Bréfritari: Jón Jónsson
Viðtakandi: Jón Borgfirðings Jónsson
Dagsetning: A-1870-01-23
Skrifað á: Geldingaá  Borg.

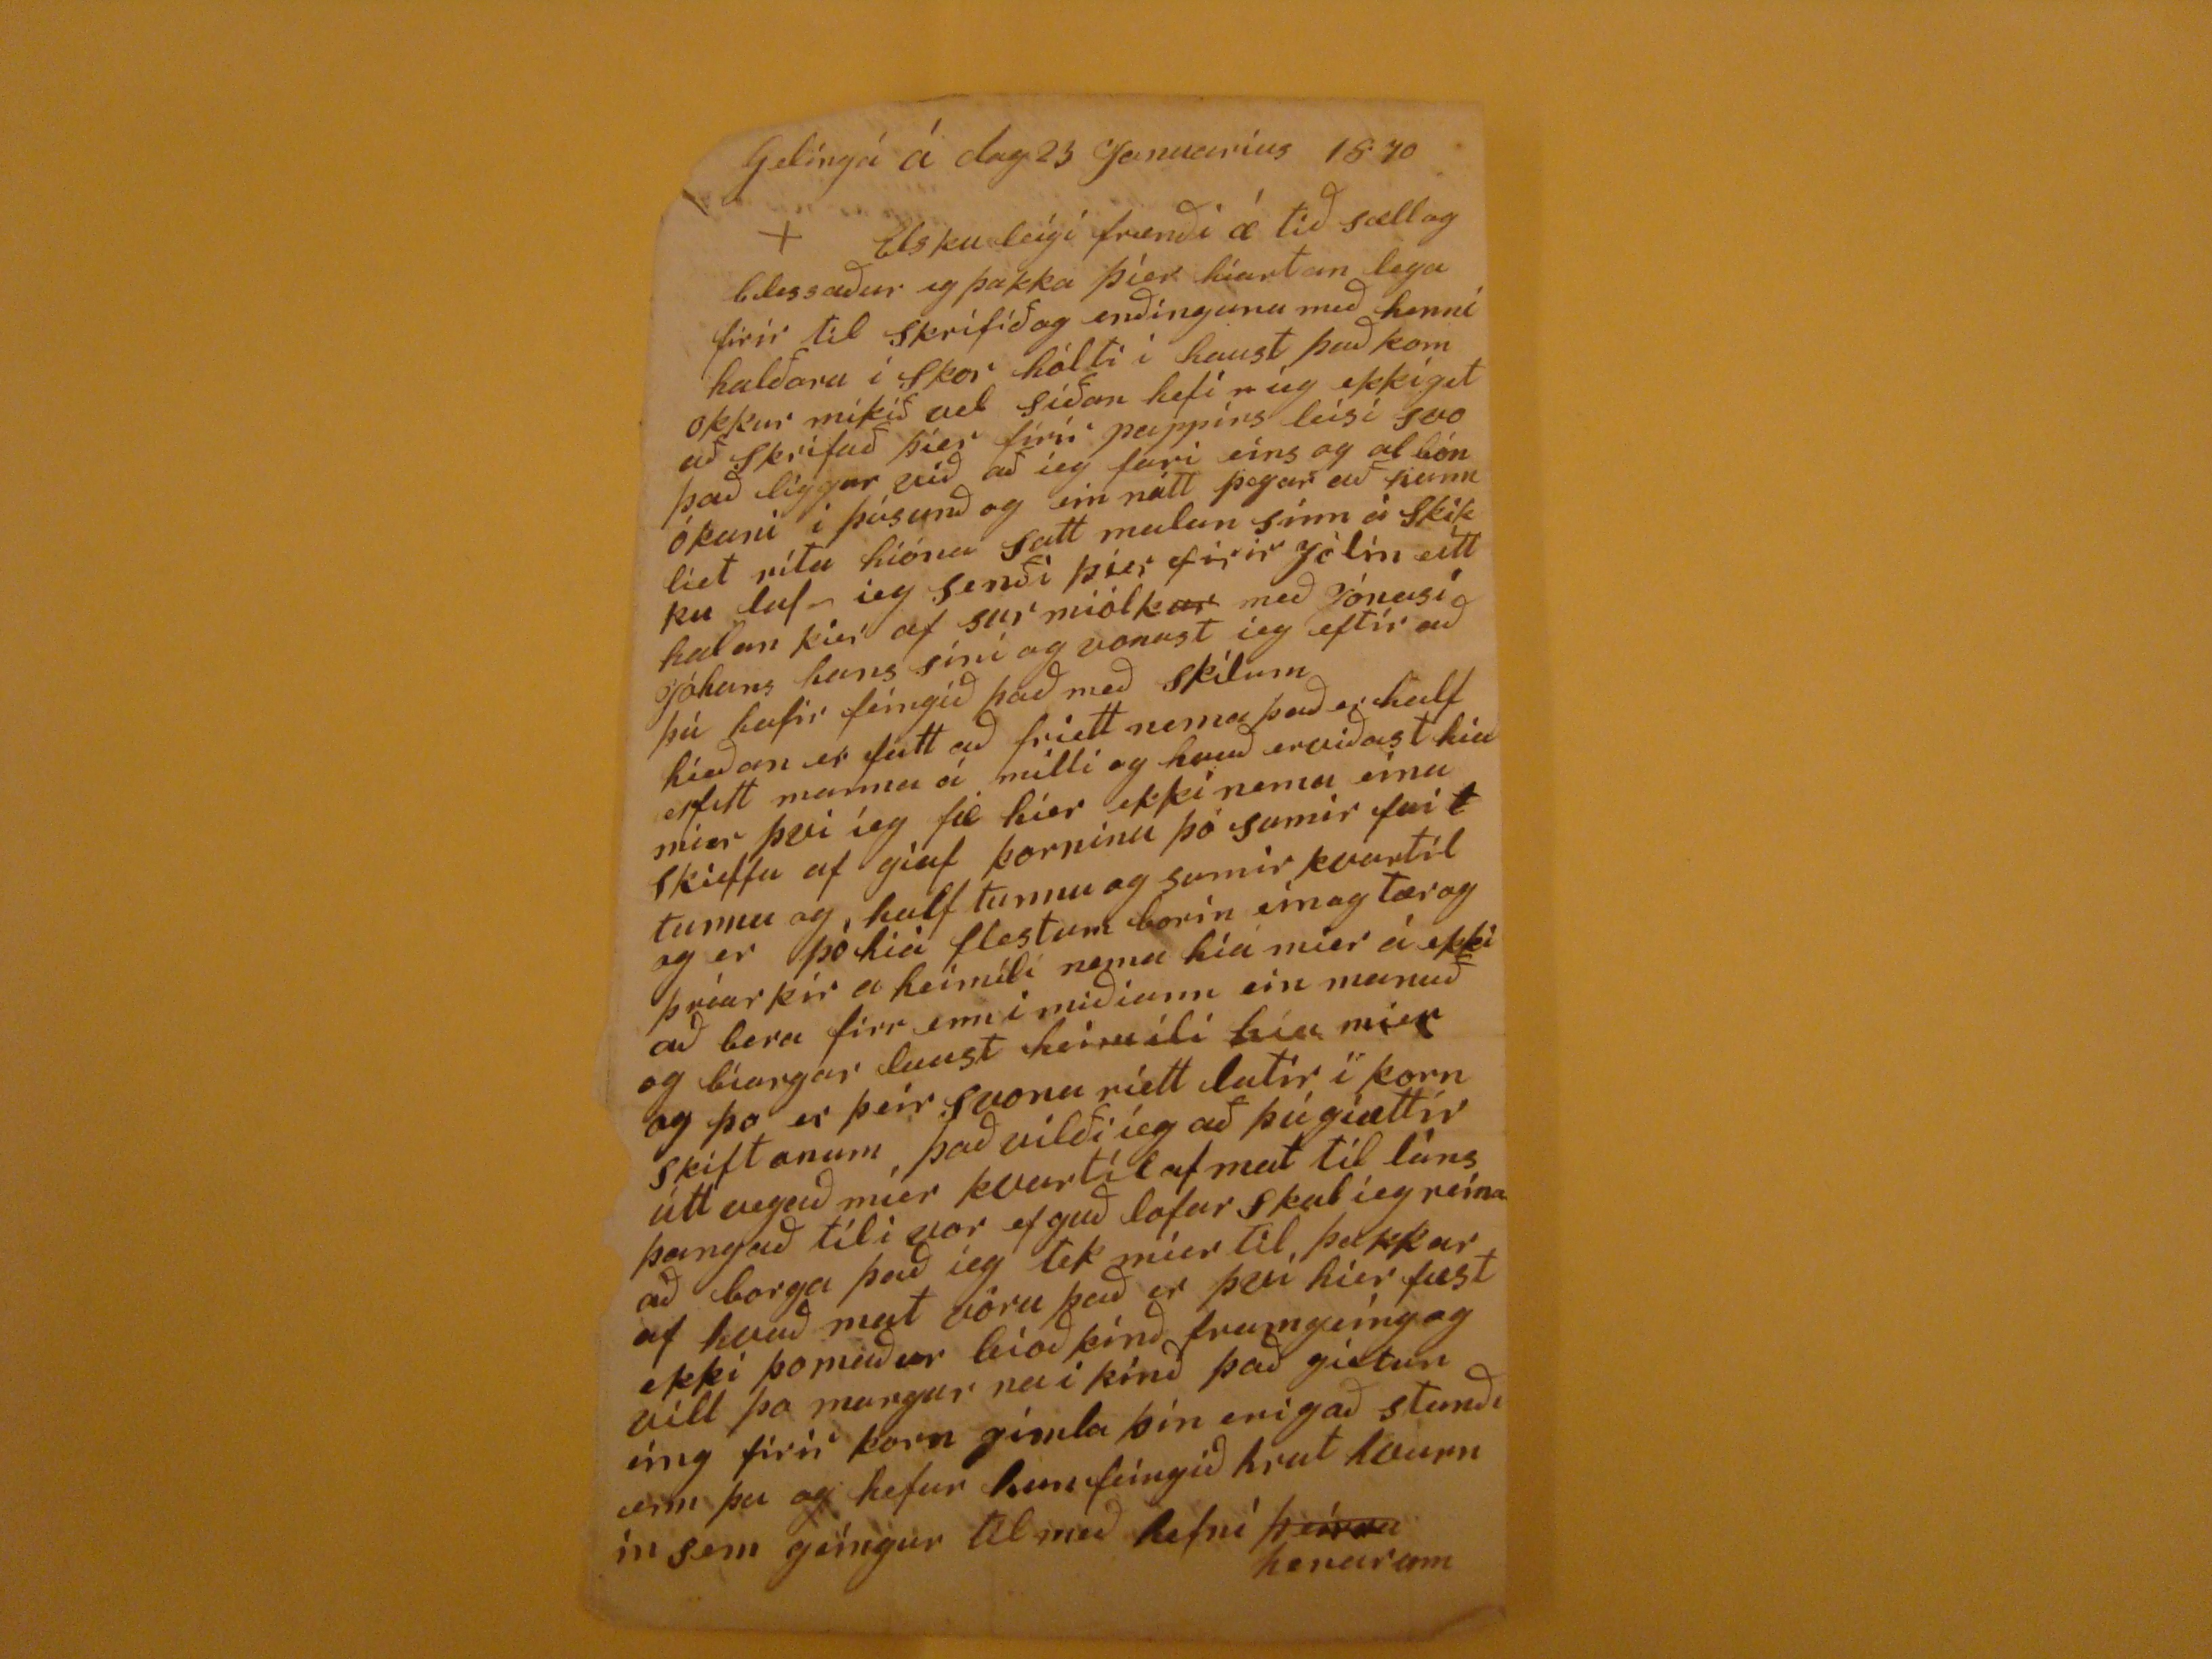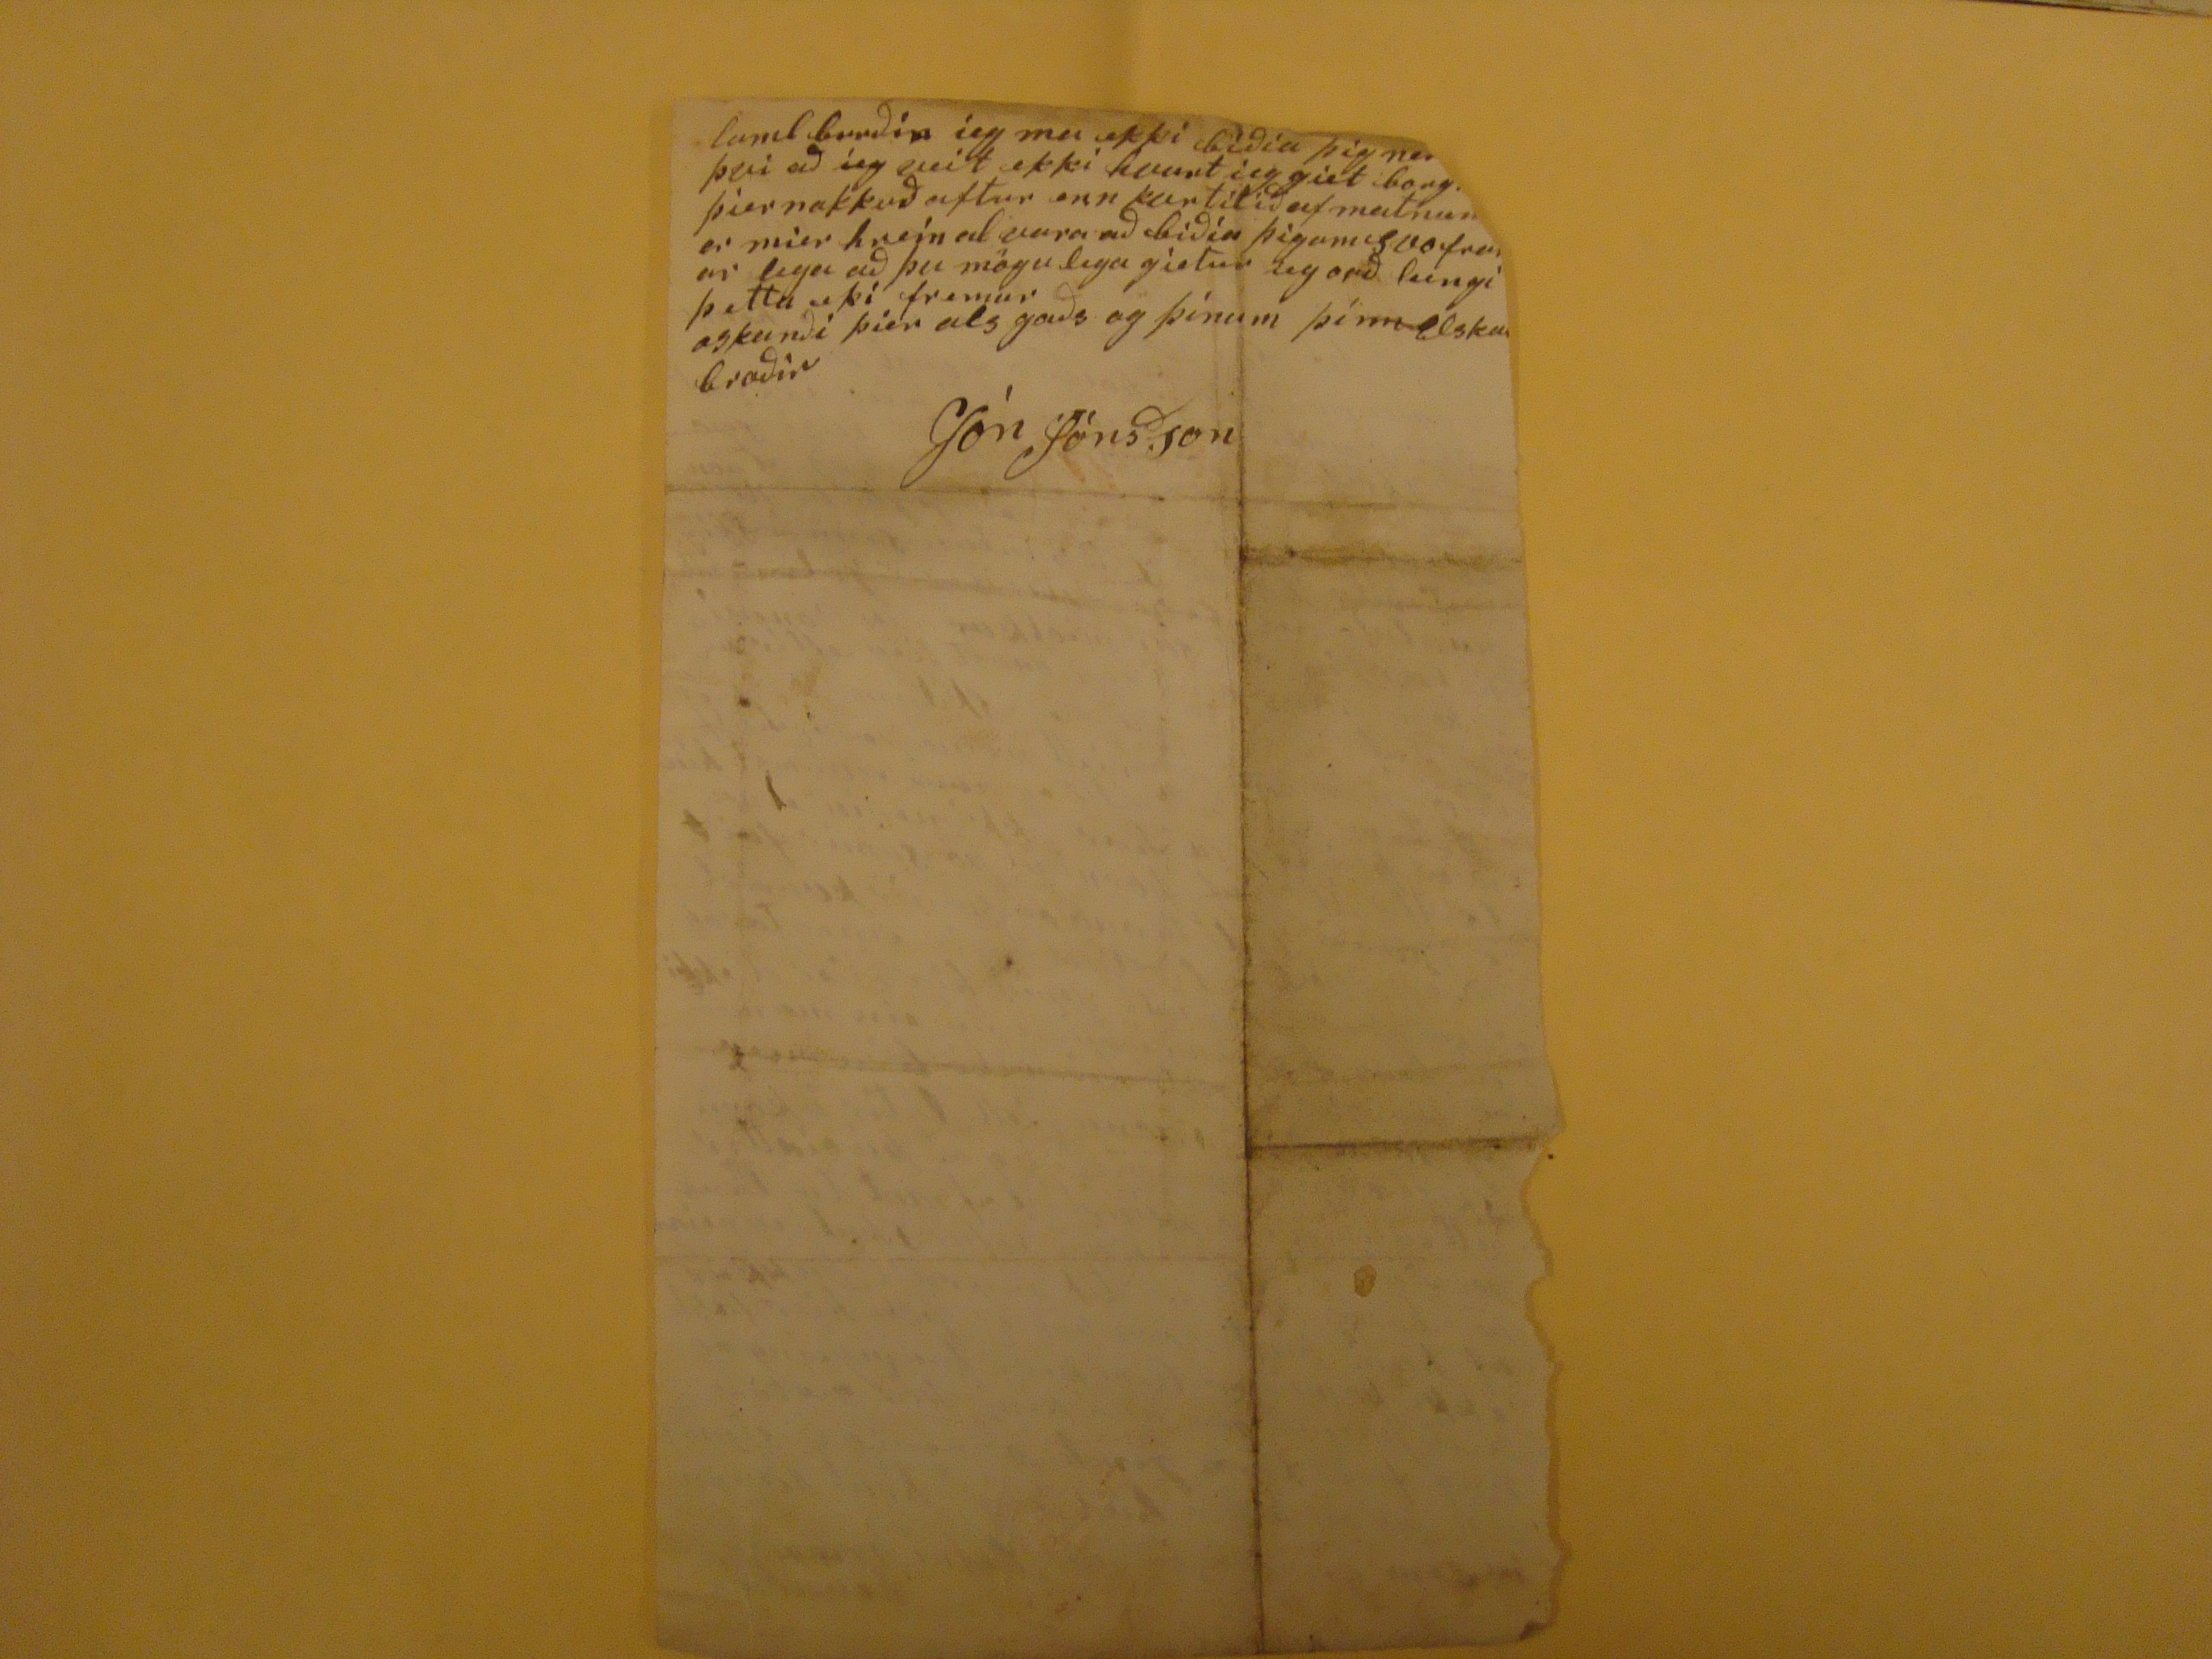

Geldíngá á dag 23 Januarius 1870
Elsku leígi frænði æ tíð sæll og blessaður eg þakka þíer hiartan lega firir til skrifið og enðinguna með henni halðoru i Skor hólti í haust það kom okkur mikið vel síðan hefi
r
ieg ekki getað skrifað þier firir pappírs leísi svo það liggur við að ieg fari eíns og al bón ókuni i þúsunð og ein nótt þegar að hann liet rita hióna satt malan sínn á Skikku
lufn
ieg senði þier firir Jólin eítt halan þier af sur miólk
ur
með Jónasí Jóhans hans sini og vonast ieg eftir að þú hafir feingið það með skilum híeðan er fatt að frietta nema það er half erfitt manna á milli og hvað erviðast hia mier þvi íeg fæ híer ekki nema eína
skieffu
af giaf korninu þó sumir
fuí
t
tunnu og half tunnu og sumir kvartil og er þó hiá flestum borin ein og tær og þríar kir a heimili nema hia mier á ekki að bera firr enn i miðiann ein manuð og biargar laust heimili hier mier og þo er þeir svona riett latir i korn skiftonum það vilði íeg að þú gíættir útt vegað mier kvartíl af mat til láns þangað til i vor ef guð lofar skal íeg reina að borga það íeg tek mier til þakkar af hvað mat vóru það er því híer fæst ekki þo maður bioð
þínð
framgáng og vill þo margur na i kínð það gíetur
eíng
firir korn gimla þín erigað stunði enn þu og hefur hun feingið hrut hvurnin sem geíngur til með hefni
þeírra
henarum
lamb burðin ieg ma ekki biðia þig
ne??
þvi að íeg veit ekki hvurt ieg giet borg
??
þier nokkuð aftur enn kurtilið af matnum
??
er mier hrein alvara að biðía þigum
egvofra??
ar lega að þu mögulega gietur ieg orð leingi þetta eki fremur
oskanði þier als goðs og þinum þinn elsku broðir
Jón Jónsson